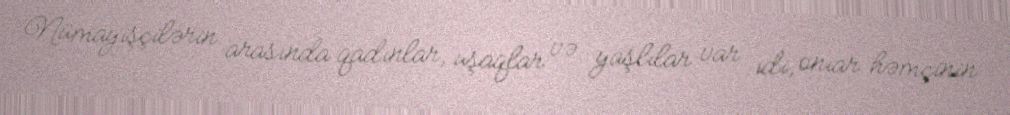
Nümayişçilərin arasında qadınlar, uşaqlar və yaşlılar var idi, onıar həmçinin